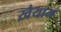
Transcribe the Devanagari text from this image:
ख़ैयाम